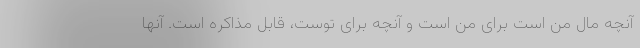
آنچه مال من است برای من است و آنچه برای توست، قابل مذاکره است. آنها